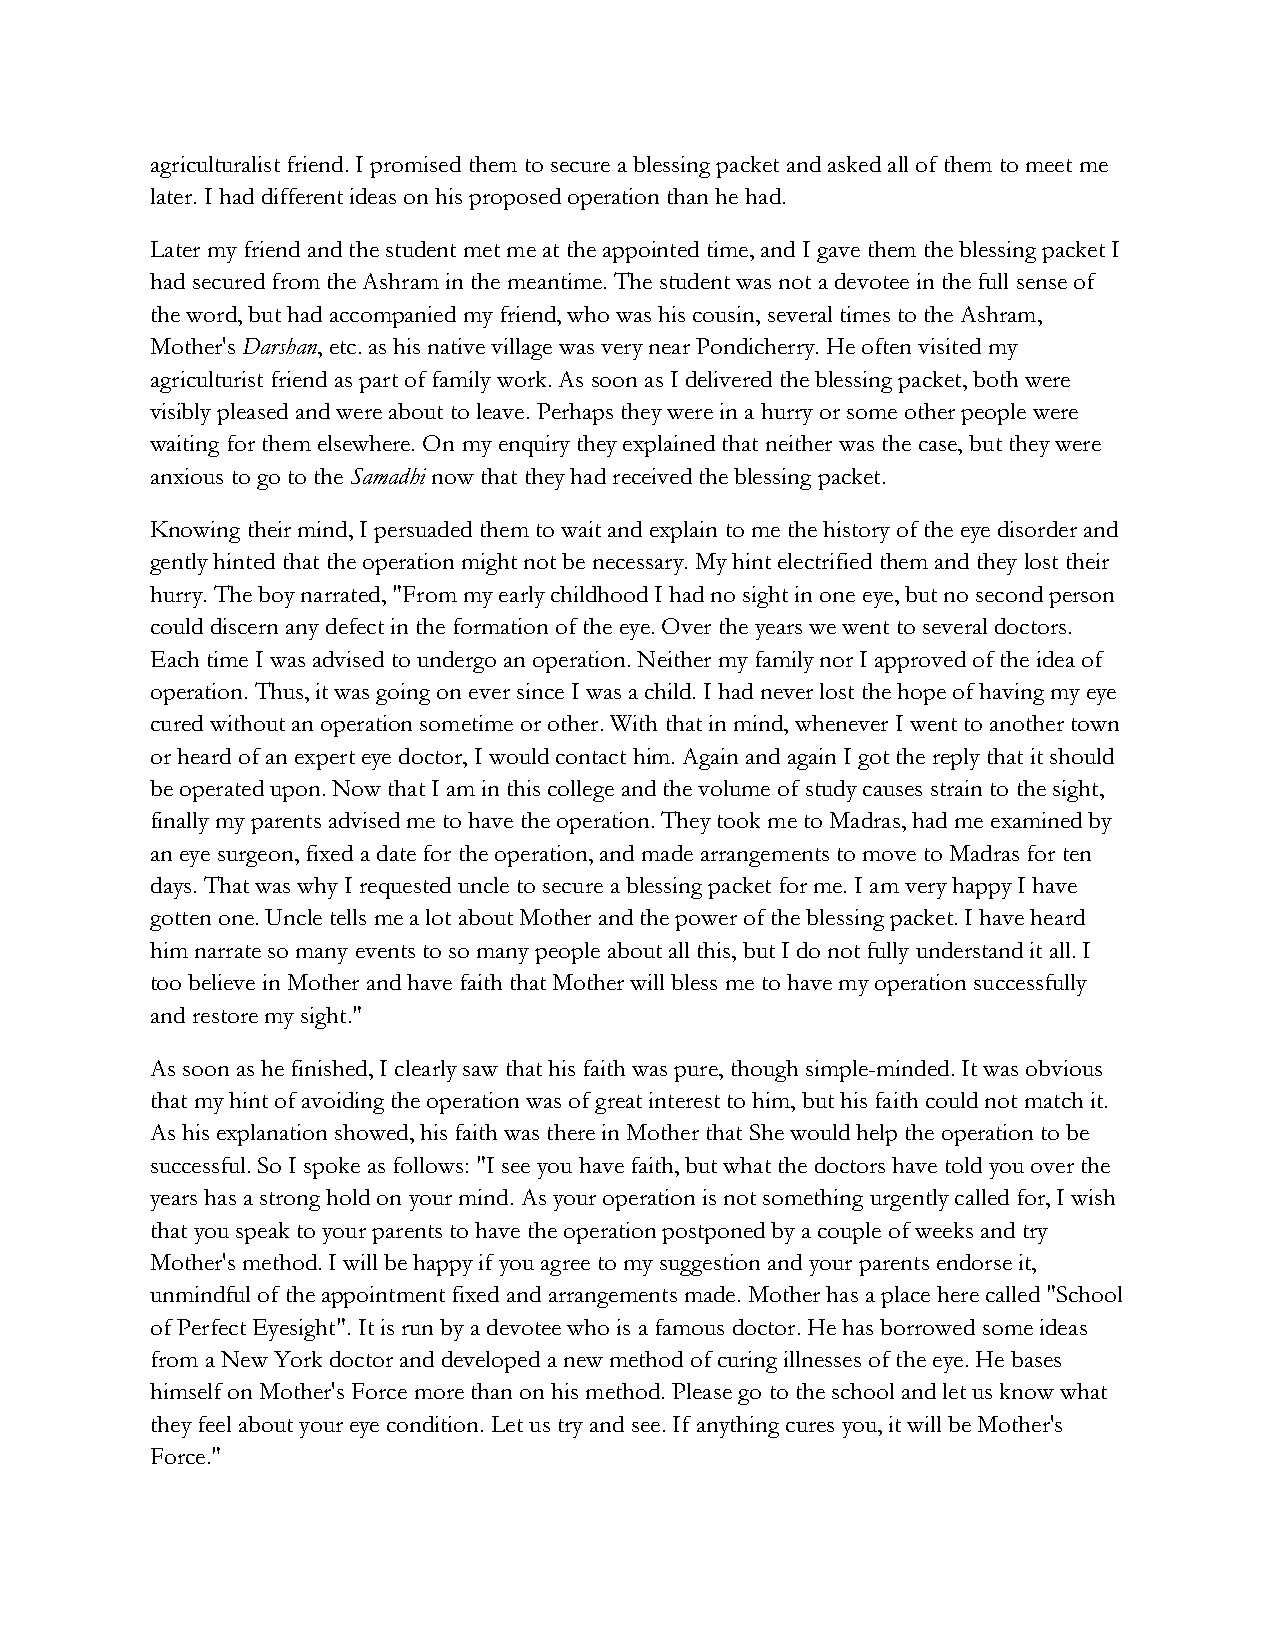
agriculturalist friend. I promised them to secure a blessing packet and asked all of them to meet me
 later. I had different ideas on his proposed operation than he had.
 Later my friend and the student met me at the appointed time, and I gave them the blessing packet I
 had secured from the Ashram in the meantime. The student was not a devotee in the full sense of
 the word, but had accompanied my friend, who was his cousin, several times to the Ashram,
 Mother's Darshan, etc. as his native village was very near Pondicherry. He often visited my
 agriculturist friend as part of family work. As soon as I delivered the blessing packet, both were
 visibly pleased and were about to leave. Perhaps they were in a hurry or some other people were
 waiting for them elsewhere. On my enquiry they explained that neither was the case, but they were
 anxious to go to the Samadhi now that they had received the blessing packet.
 Knowing their mind, I persuaded them to wait and explain to me the history of the eye disorder and
 gently hinted that the operation might not be necessary. My hint electrified them and they lost their
 hurry. The boy narrated, "From my early childhood I had no sight in one eye, but no second person
 could discern any defect in the formation of the eye. Over the years we went to several doctors.
 Each time I was advised to undergo an operation. Neither my family nor I approved of the idea of
 operation. Thus, it was going on ever since I was a child. I had never lost the hope of having my eye
 cured without an operation sometime or other. With that in mind, whenever I went to another town
 or heard of an expert eye doctor, I would contact him. Again and again I got the reply that it should
 be operated upon. Now that I am in this college and the volume of study causes strain to the sight,
 finally my parents advised me to have the operation. They took me to Madras, had me examined by
 an eye surgeon, fixed a date for the operation, and made arrangements to move to Madras for ten
 days. That was why I requested uncle to secure a blessing packet for me. I am very happy I have
 gotten one. Uncle tells me a lot about Mother and the power of the blessing packet. I have heard
 him narrate so many events to so many people about all this, but I do not fully understand it all. I
 too believe in Mother and have faith that Mother will bless me to have my operation successfully
 and restore my sight."
 As soon as he finished, I clearly saw that his faith was pure, though simple-minded. It was obvious
 that my hint of avoiding the operation was of great interest to him, but his faith could not match it.
 As his explanation showed, his faith was there in Mother that She would help the operation to be
 successful. So I spoke as follows: "I see you have faith, but what the doctors have told you over the
 years has a strong hold on your mind. As your operation is not something urgently called for, I wish
 that you speak to your parents to have the operation postponed by a couple of weeks and try
 Mother's method. I will be happy if you agree to my suggestion and your parents endorse it,
 unmindful of the appointment fixed and arrangements made. Mother has a place here called "School
 of Perfect Eyesight". It is run by a devotee who is a famous doctor. He has borrowed some ideas
 from a New York doctor and developed a new method of curing illnesses of the eye. He bases
 himself on Mother's Force more than on his method. Please go to the school and let us know what
 they feel about your eye condition. Let us try and see. If anything cures you, it will be Mother's
 Force."